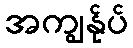
အကျွန်ုပ်